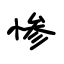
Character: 惨